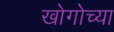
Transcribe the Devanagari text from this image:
खोगोच्या